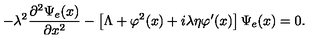
- \lambda ^ { 2 } \frac { \partial ^ { 2 } \Psi _ { e } ( x ) } { \partial x ^ { 2 } } - \left[ \Lambda + \varphi ^ { 2 } ( x ) + i \lambda \eta \varphi ^ { \prime } ( x ) \right] \Psi _ { e } ( x ) = 0 .